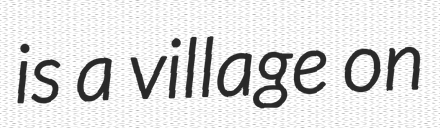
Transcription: is a village on